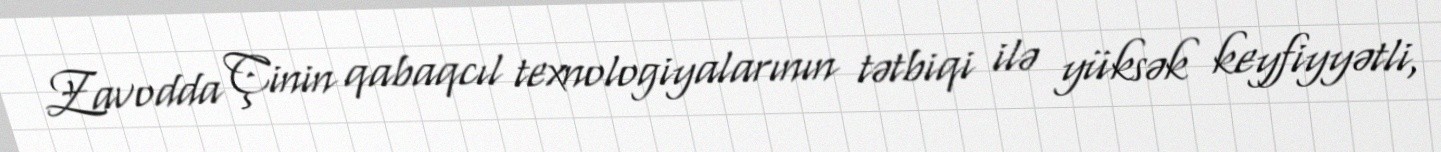
Zavodda Çinin qabaqcıl texnologiyalarının tətbiqi ilə yüksək keyfiyyətli,